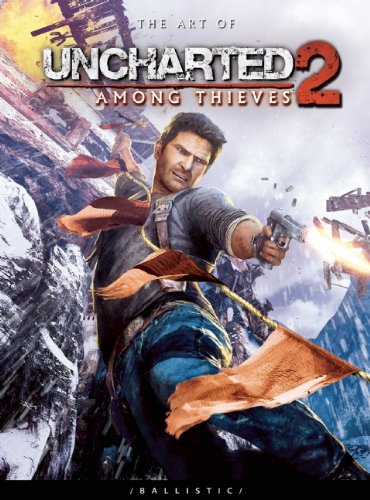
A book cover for The Art of Uncharted 2: Among Thieves (The Art of the Game); Computers & Technology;